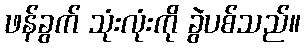
ဖန်ခွက် သုံးလုံးကို ခွဲပစ်သည်။